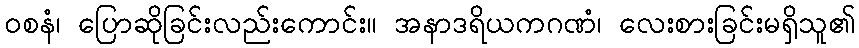
ဝစနံ၊ ပြောဆိုခြင်းလည်းကောင်း။ အနာဒရိယကဂဏံ၊ လေးစားခြင်းမရှိသူ၏